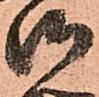
御